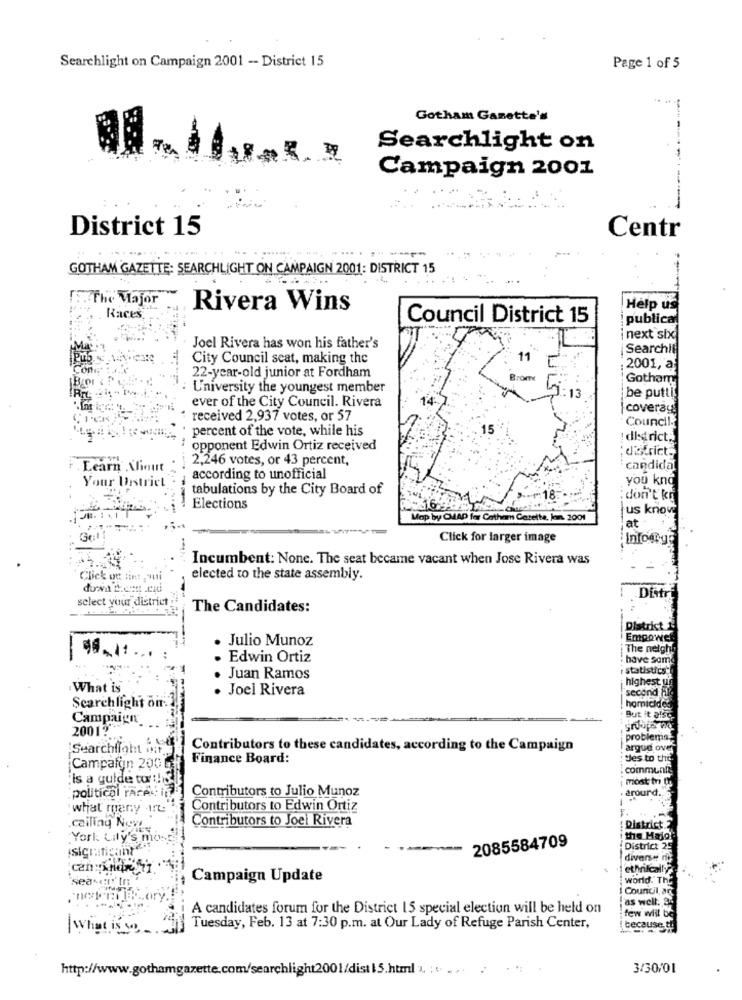
Searchlight on Campaign 2001 -- District 15
Page 1 of 5
Gotham Gamette's
Searchlight on
Campaign 2001
.-.-
District 15
Centr
-----
GOTHAM GAZETTE: SEARCHLIGHT ON CAMPAIGN 2001: DISTRICT 15
.The Major
Rivera Wins
Help us
. Races
Council District 15
publicar
next sho
Joel Rivera has won his father's
Searchif
City Council seat, making the
22-year-old junior at Fordham
: 2001, a
Gotham
University the youngest member
ever of the City Council. Rivera
be putti
coverage
received 2,937 votes, or 57
Council.
percent of the vote, while his
15
! district.]
opponent Edwin Ortiz received
district
2,246 votes, or 43 percent,
. Learn Xhout
candidal
Your District
according to unofficial
you kno
tabulations by the City Board of
don't ki
Elections
us know
Map by CMHAD for Catham Cazette, Jan. 2001
at
Click for larger image
Incumbent: None. The seat became vacant when Jose Rivera was
Click on tint , qui
elected to the state assembly.
select your district
Ditre
The Candidates:
District 1
Julio Munoz
Empowe
The neigh
98.11
Edwin Ortiz
have some
statistics"
Juan Ramos
highest ui
What is
Joel Rivera
second
Searchlight dir.
homicides
Campaign_
But it also.
2001?
problems
Searchlight a
Contributors to these candidates, according to the Campaign
argun ove
Finance Board:
les to the.
Campaign 200
communie
is a guide to !!
most in I
political rare
arourd.
Contributors to Julio Munoz
what many -ir
Contributors to Edwin Ortiz
.calling Nos
Contributors to Joel Rivera
District
York. Lily's n
2085584709
the Maio
Isigratigan
District 25
diverse
ethnically
Campaign Update
rd. THE
Council, an
as well. 94
A candidates forum for the District 15 special election will be held on
few will be
What is so
Tuesday, Feb. 13 at 7:30 p.m. at Our Lady of Refuge Parish Center,
because th
http://www.gothamgazette.com/searchlight2001/dist 1.5.html " .. ...
3/30/01